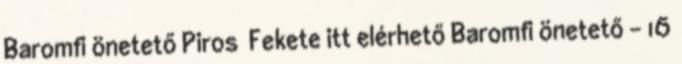
Baromfi önetető Piros Fekete itt elérhető Baromfi önetető - 16